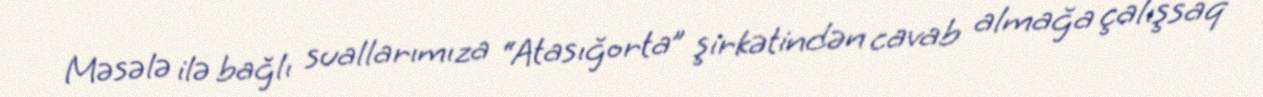
Məsələ ilə bağlı suallarımıza “Atasığorta” şirkətindən cavab almağa çalışsaq